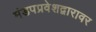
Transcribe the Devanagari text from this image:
मंडपप्रवेशद्वारावर